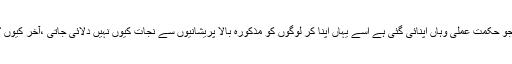
جو حکمت عملی وہاں اپنائی گئی ہے اُسے یہاں اپنا کر لوگوں کو مذکورہ بالا پریشانیوں سے نجات کیوں نہیں دلائی جاتی ،آخر کیوں ؟